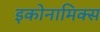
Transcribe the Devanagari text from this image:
इकोनामिक्स